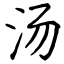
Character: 汤